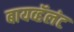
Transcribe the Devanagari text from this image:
बायव्हॅलंट